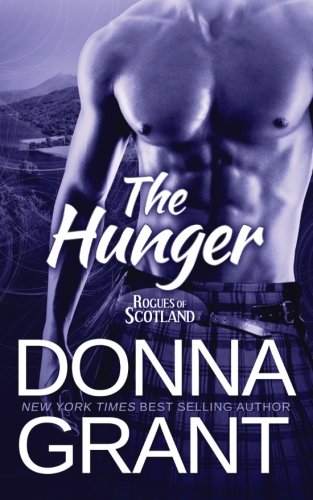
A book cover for The Hunger (Rogues of Scotland) (Volume 2); Donna Grant; Romance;